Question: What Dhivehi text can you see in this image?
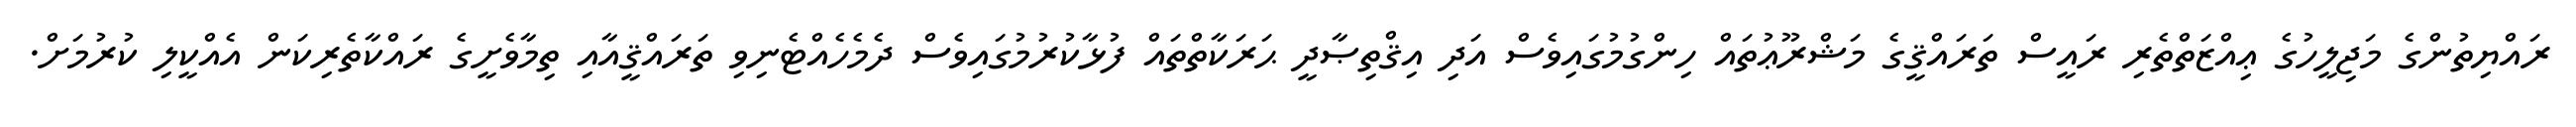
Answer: ރައްޔިތުންގެ މަޖިލީހުގެ ޢިއްޒަތްތެރި ރައީސް ތަރައްޤީގެ މަޝްރޫޢުތައް ހިންގުމުގައިވެސް އަދި އިޤްތިޞާދީ ޙަރަކާތްތައް ފުޅާކުރުމުގައިވެސް ދެމެހެއްޓެނިވި ތަރައްޤީއާއި ތިމާވެށީގެ ރައްކާތެރިކަން އެއްކީލި ކުރުމަށް.